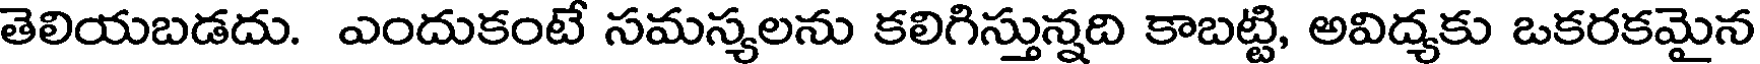
తెలియబడదు. ఎందుకంటే సమస్యలను కలిగిస్తున్నది కాబట్టి, అవిద్యకు ఒకరకమైన